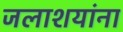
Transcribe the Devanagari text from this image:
जलाशयांना